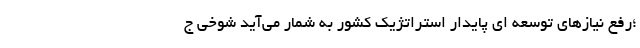
؛رفع نیازهای توسعه ای پایدار استراتژیک کشور به شمار می‌آید شوخی ج